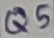
Text: Q5